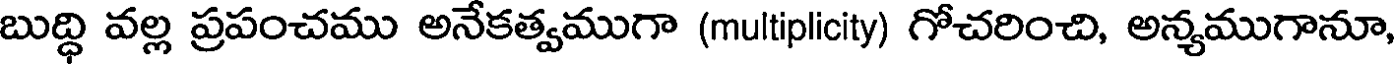
బుద్ధి వల్ల ప్రపంచము అనేకత్వముగా (multiplicity) గోచరించి, అన్యముగానూ,